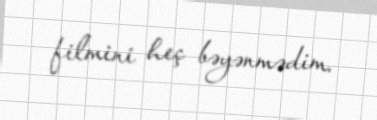
filmini heç bəyənmədim.